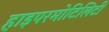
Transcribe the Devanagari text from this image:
हाइपरमोटिलिटी